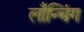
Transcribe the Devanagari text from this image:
लाँन्चिंग